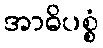
အာဓိပစ္စံ